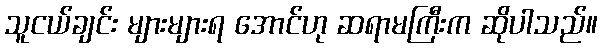
သူငယ်ချင်း များများရ အောင်ဟု ဆရာမကြီးက ဆိုပါသည်။